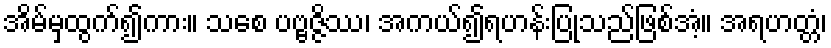
အိမ်မှထွက်၍ကား။ သစေ ပဗ္ဗဇ္ဇိဿ၊ အကယ်၍ရဟန်းပြုသည်ဖြစ်အံ့။ အရဟတ္တံ၊